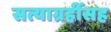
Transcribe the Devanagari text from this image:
सत्याग्रहींसह